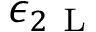
\epsilon _ { 2 \mathrm { ~ L ~ } }